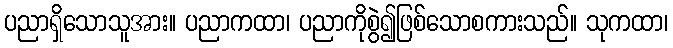
ပညာရှိသောသူအား။ ပညာကထာ၊ ပညာကိုစွဲ၍ဖြစ်သောစကားသည်။ သုကထာ၊